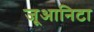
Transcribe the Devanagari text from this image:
जूआनिटा